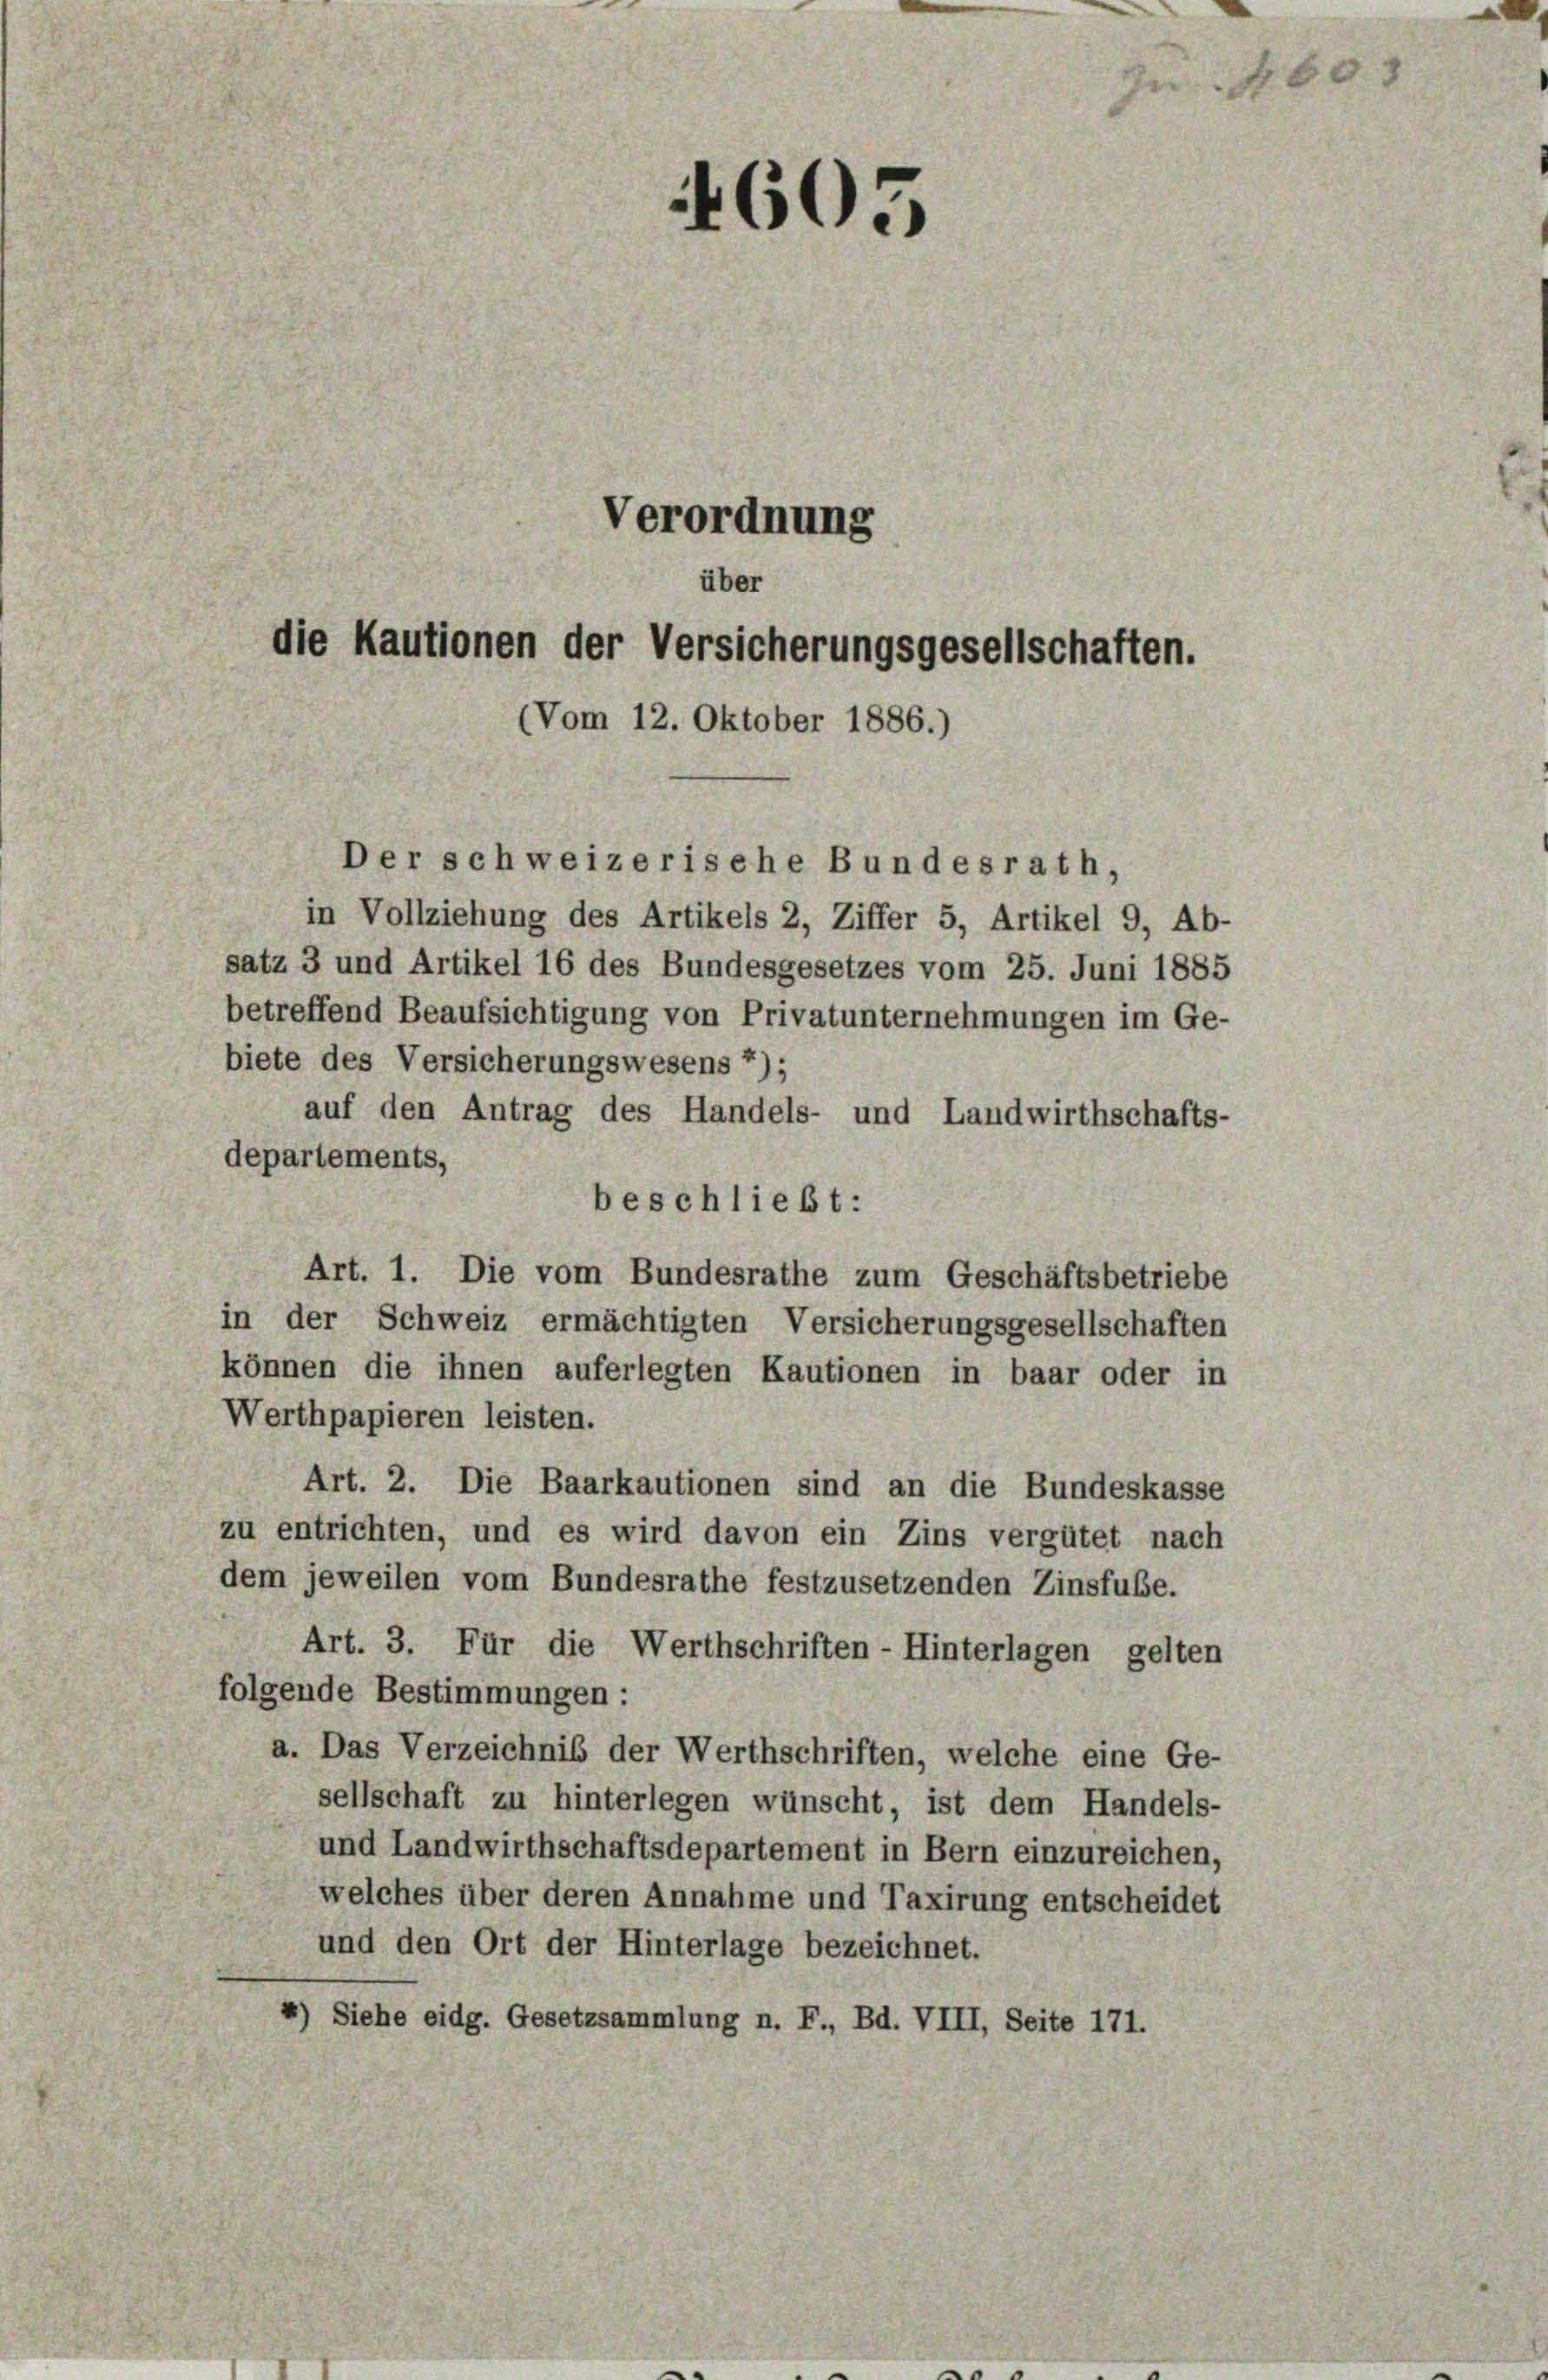
1605

Verordnung
über
die Kautionen der Versicherungsgesellschaften.
(Vom 12. Oktober 1886.)

Der schweizerische Bundesrath,
in Vollziehung des Artikels 2, Ziffer 5, Artikel 9, Ab-
satz 3 und Artikel 16 des Bundesgesetzes vom 25. Juni 1885
betreffend Beaufsichtigung von Privatunternehmungen im Ge-
biete des Versicherungswesens 7);
auf den Antrag des Handels- und Landwirthschafts-
departements,
beschließt:
Art. 1. Die vom Bundesrathe zum Geschäftsbetriebe
in der Schweiz ermächtigten Versicherungsgesellschaften
können die ihnen auferlegten Kautionen in baar oder in
Werthpapieren leisten.
Art. 2. Die Baarkautionen sind an die Bundeskasse
zu entrichten, und es wird davon ein Zins vergütet nach
dem jeweilen vom Bundesrathe festzusetzenden Zinsfube.
Art. 3. Für die Werthschriften - Hinterlagen gelten
folgende Bestimmungen :
a. Das Verzeichnis der Werthschriften, welche eine Ge-
sellschaft zu hinterlegen wünscht, ist dem Handels-
und Landwirthschaftsdepartement in Bern einzureichen,
welches über deren Annahme und Taxirung entscheidet
und den Ort der Hinterlage bezeichnet.
4) Siehe eidg. Gesetzsammlung n. F., Bd. VIII, Seite 171.